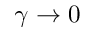
\gamma \rightarrow 0